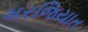
મરજિયાત